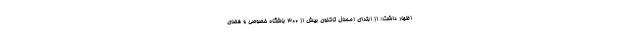
اظهار داشت: از ابتدای امسال تاکنون بیش از ۳۰۰ باشگاه خصوصی و فضای